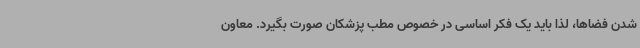
شدن فضاها، لذا باید یک فکر اساسی در خصوص مطب پزشکان صورت بگیرد. معاون